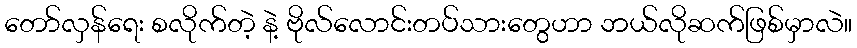
တော်လှန်ရေး စလိုက်တဲ့ နဲ့ ဗိုလ်လောင်းတပ်သားတွေဟာ ဘယ်လိုဆက်ဖြစ်မှာလဲ။